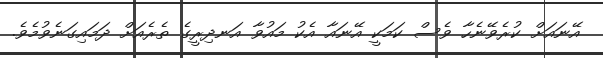
އޭނައަށް ކުރެވޭނެހާ ވެސް ކަމަކީ އޭނައާ އެކު މައުވާ އަނދިރީގެ ތެރެއަށް ދަމައިގަނެވުމެވެ.